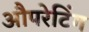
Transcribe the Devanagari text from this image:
औपरेटिंग